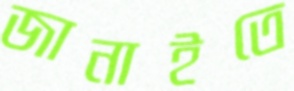
জানাইতে